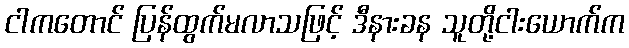
ငါကတောင် ပြန်ထွက်မလာသဖြင့် ဒီနားခန သူတို့ငါးယောက်က